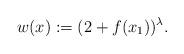
LaTeX: \begin{align*} w(x):=(2+f(x_1))^{\lambda}.\end{align*}